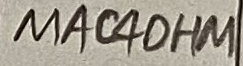
Text: MAC40HM